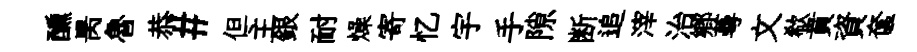
醺昺魯恭#但主銀耐燥寄忆宇手隙断追滓治郷蕚文欷賁資奩